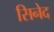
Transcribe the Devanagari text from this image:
सिनेद